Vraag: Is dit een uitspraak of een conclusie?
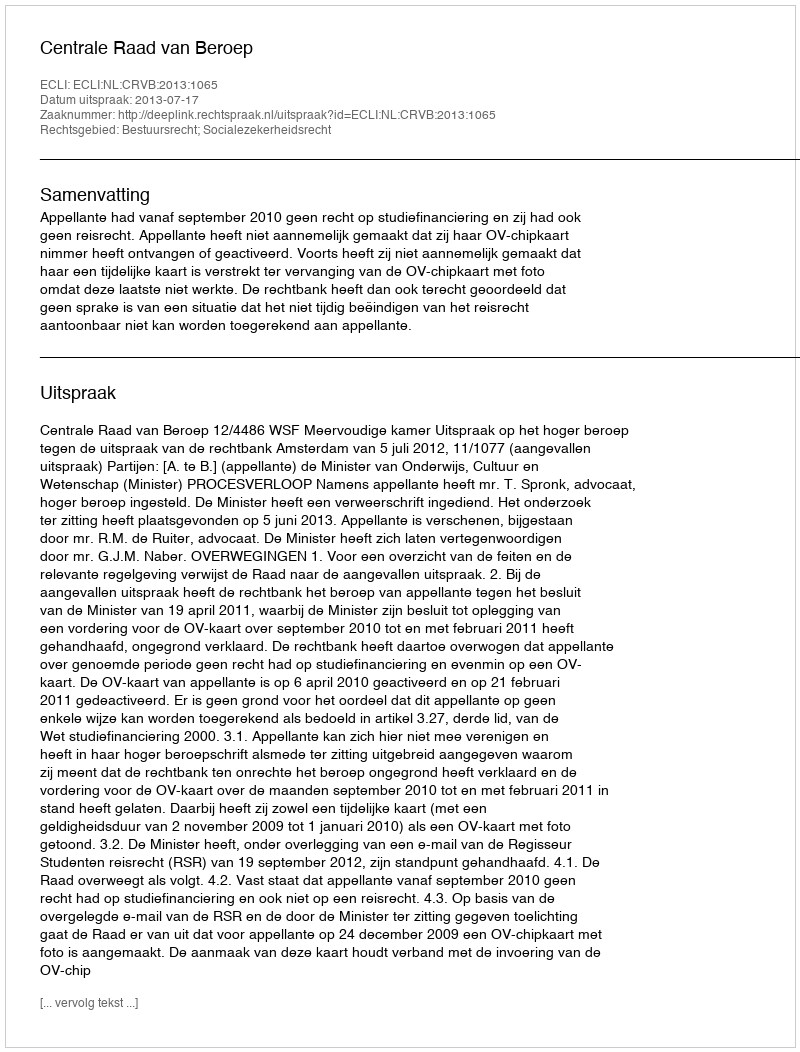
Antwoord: Uitspraak